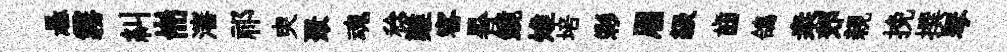
悬霧糾耑瀋祁㬰聚魂稔難客晷鏡雉培彩眉級齒鴿桒郊親挽撰琴